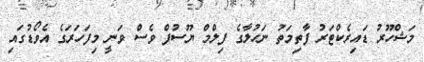
މަޝްހޫރު ޑައިރެކްޓަރު ފާތިމަތު ނަހުލާގެ ފިލްމް ޔޫސުފް ވެސް ވަނީ މިފަހަރަގެ އެވޯޑުގައި